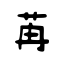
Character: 苒